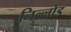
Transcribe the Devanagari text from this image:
निल्लोड